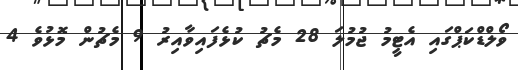
ވޯލްޑްކަޕްގައި އެޓީމު ޖުމުލަ 28 މެޗު ކުޅެފައިވާއިރު 9 މެޗުން މޮޅުވެ 4